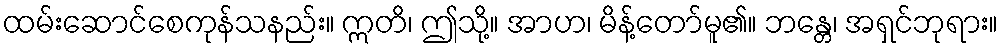
ထမ်းဆောင်စေကုန်သနည်း။ ဣတိ၊ ဤသို့။ အာဟ၊ မိန့်တော်မူ၏။ ဘန္တေ၊ အရှင်ဘုရား။